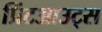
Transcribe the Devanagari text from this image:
प्रिंटआउट्स